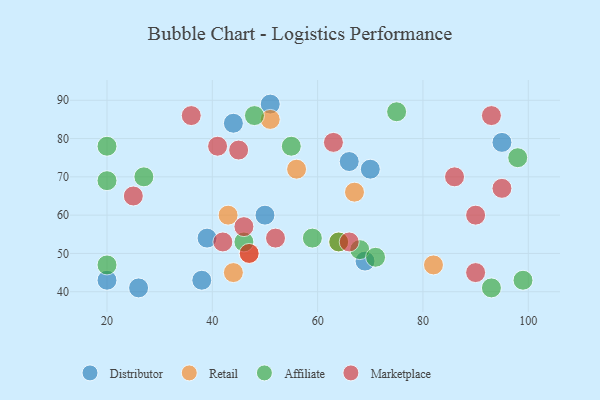
{"axis": {"x": "GDP", "y": "Life Expectancy"}, "legend": ["Affiliate", "Distributor", "Marketplace", "Retail"], "data": [{"x": "69", "y": 48, "type": "Distributor"}, {"x": "66", "y": 74, "type": "Distributor"}, {"x": "51", "y": 89, "type": "Distributor"}, {"x": "26", "y": 41, "type": "Distributor"}, {"x": "50", "y": 60, "type": "Distributor"}, {"x": "39", "y": 54, "type": "Distributor"}, {"x": "44", "y": 84, "type": "Distributor"}, {"x": "70", "y": 72, "type": "Distributor"}, {"x": "95", "y": 79, "type": "Distributor"}, {"x": "38", "y": 43, "type": "Distributor"}, {"x": "20", "y": 43, "type": "Distributor"}, {"x": "67", "y": 66, "type": "Retail"}, {"x": "82", "y": 47, "type": "Retail"}, {"x": "64", "y": 53, "type": "Retail"}, {"x": "47", "y": 50, "type": "Retail"}, {"x": "43", "y": 60, "type": "Retail"}, {"x": "44", "y": 45, "type": "Retail"}, {"x": "51", "y": 85, "type": "Retail"}, {"x": "56", "y": 72, "type": "Retail"}, {"x": "55", "y": 78, "type": "Affiliate"}, {"x": "68", "y": 51, "type": "Affiliate"}, {"x": "59", "y": 54, "type": "Affiliate"}, {"x": "98", "y": 75, "type": "Affiliate"}, {"x": "75", "y": 87, "type": "Affiliate"}, {"x": "46", "y": 53, "type": "Affiliate"}, {"x": "93", "y": 41, "type": "Affiliate"}, {"x": "20", "y": 47, "type": "Affiliate"}, {"x": "99", "y": 43, "type": "Affiliate"}, {"x": "48", "y": 86, "type": "Affiliate"}, {"x": "27", "y": 70, "type": "Affiliate"}, {"x": "64", "y": 53, "type": "Affiliate"}, {"x": "71", "y": 49, "type": "Affiliate"}, {"x": "20", "y": 78, "type": "Affiliate"}, {"x": "20", "y": 69, "type": "Affiliate"}, {"x": "90", "y": 45, "type": "Marketplace"}, {"x": "86", "y": 70, "type": "Marketplace"}, {"x": "41", "y": 78, "type": "Marketplace"}, {"x": "42", "y": 53, "type": "Marketplace"}, {"x": "25", "y": 65, "type": "Marketplace"}, {"x": "95", "y": 67, "type": "Marketplace"}, {"x": "66", "y": 53, "type": "Marketplace"}, {"x": "45", "y": 77, "type": "Marketplace"}, {"x": "93", "y": 86, "type": "Marketplace"}, {"x": "52", "y": 54, "type": "Marketplace"}, {"x": "47", "y": 50, "type": "Marketplace"}, {"x": "46", "y": 57, "type": "Marketplace"}, {"x": "90", "y": 60, "type": "Marketplace"}, {"x": "36", "y": 86, "type": "Marketplace"}, {"x": "63", "y": 79, "type": "Marketplace"}]}